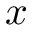
x